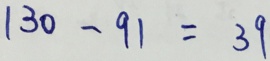
1 3 0 - 9 1 = 3 9